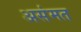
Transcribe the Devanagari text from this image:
असंमत